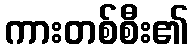
ကားတစ်စီး၏